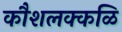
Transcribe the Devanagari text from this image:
कौशलक्कळि